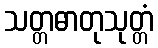
သတ္တဓာတုသုတ္တံ